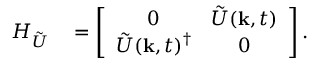
\begin{array} { r l } { H _ { \tilde { U } } } & { { } = \left[ \begin{array} { c c } { 0 } & { \tilde { U } ( { \bf k } , t ) } \\ { \tilde { U } ( { \bf k } , t ) ^ { \dagger } } & { 0 } \end{array} \right] . } \end{array}